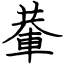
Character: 輂